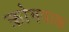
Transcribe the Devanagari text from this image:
क्रोमपाक